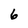
Character: 6